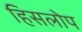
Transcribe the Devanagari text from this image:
हिसलोप